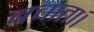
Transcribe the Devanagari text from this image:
बचाता।